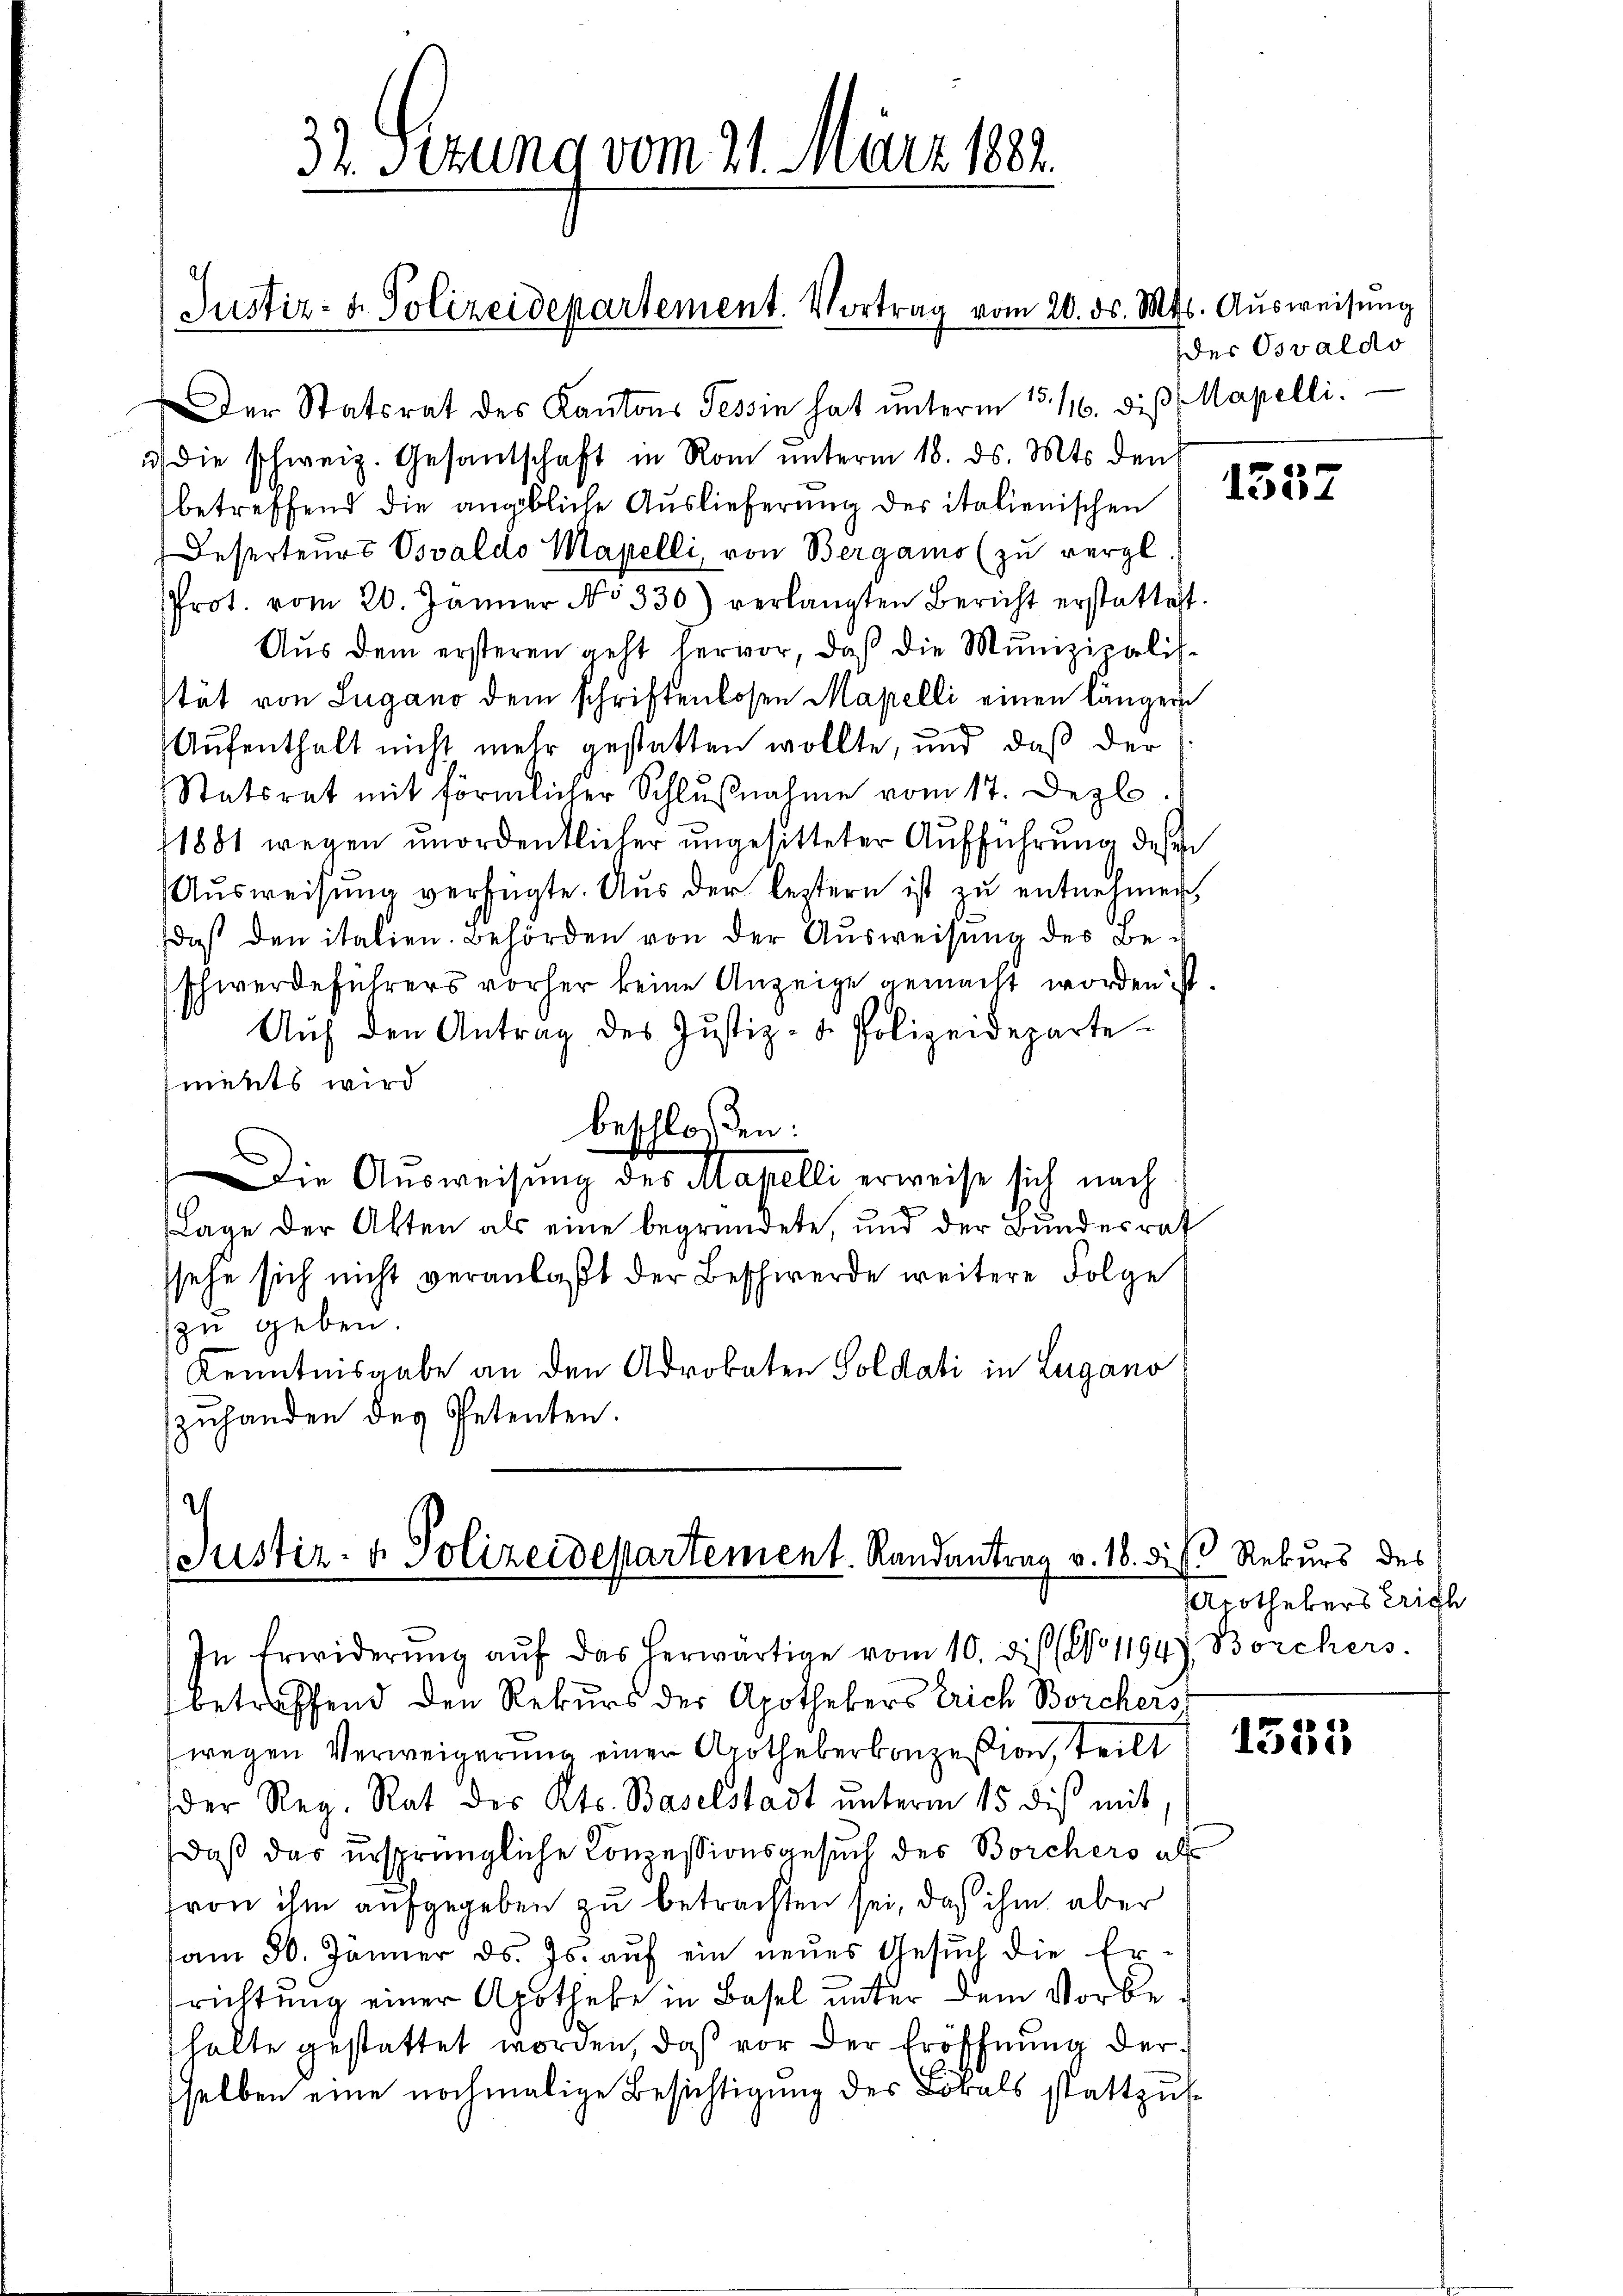
Justiz- & Polizeidepartement. Vortrag vom 20. ds. S.

Der Statsrat des Kantons Tessin hat ŭnterm 15. 116. diβ (Mapelli.
) die schweiz. Gesantschaft in Rom ŭnterm 18. ds. Mts. den
betreffend die angebliche Auslieferung des italienischen
Deserteurs Oswaldo Mapelli, von Bergamo (zu vergl
Prot. vom 20. Jänner No 330) verlangten Bericht erstattest.
Aŭs dem ersteren geht hervor, daß die Munizipalis-
stät von Lugano dem schriftenlosen Mapelli einen länger
Aufenthalt nicht mehr gestatten wollte, und daß der
Statsrat mit förmlicher Schlŭβnahme vom 17. Dezb
1881 wegen unordentlicher ungesitteter Aufführung dessen
Ausweisung verfügte. Aus der leztern ist zu entnehmen,
daß den italien. Behörden von der Ausweisung des Be-
schwerdeführers vorher keine Anzeige gemacht worden ist.
Aŭf den Antrag des Justiz- u. Polizeideparte
ments wird
beschloßen:
Die Ausweisung des Mapelli erweise sich nach
Lage der Akten als eine begründete, und der Bundesrat
ssehe sich nicht veranlaßt der Beschwerde weitere Folge
zu geben.
Kenntnisgabe an den Adrobaten Soldati in Lugano
zuhanden des Petenten.

32 Sezung vom 21. März 1882.

.
Justiz- & Polizeidepartement. Randantrag v. 16. die Rekurs des
In Erwiderŭng aŭf das herwärtige vom 10. diß (No. 1194) Borchers.

df. Ausweisung
der Oswaldo

betreffend den Rekurs der Apothekers Erich Borchers
wegen Verweigerung einer Apothekerkonzession, teilt
der Reg. Rat des Kts. Baselstadt unterm 15 dis mit
daß das ursprüngliche Conzessionsgesuch des Borchers al
von ihm aufgegeben zu betrachten sei, daß ihm aber
am 30. Jänner ds. Js. aŭf ein neues Gesŭch die Er-
srichtung einer Apotheke in Basel unter dem Vorbehalte gestattet worden, daß vor der Eröffnung derselben eine nochmalige Besichtigung des Lokals stattzuf

1537

Apothekers Erich

1355